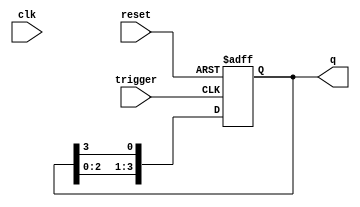
module async_ring_counter (
    input wire clk,          // Clock signal (not used for asynchronous operation)
    input wire reset,        // Asynchronous reset signal
    input wire trigger,      // Trigger signal to advance the counter
    output reg [n-1:0] q     // Output state of the ring counter
);
    parameter n = 4;         // Number of flip-flops (bits in the counter)

    // Initialize the counter to a known state on reset
    always @(posedge reset or posedge trigger) begin
        if (reset) begin
            q <= 1'b1;       // Set the first flip-flop to '1'
        end else if (trigger) begin
            q <= {q[n-2:0], q[n-1]}; // Shift the '1' through the flip-flops
        end
    end
endmodule